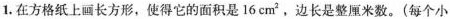
1.在方格纸上画长方形，使得它的面积是16cm'，边长是整厘米数。(每个小